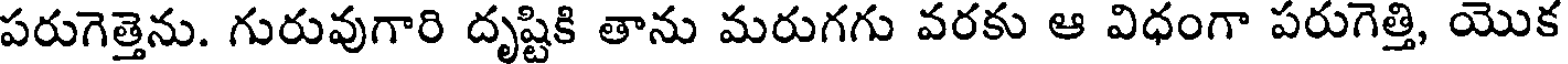
పరుగెత్తెను. గురువుగారి దృష్టికి తాను మరుగగు వరకు ఆ విధంగా పరుగెత్తి, యొక